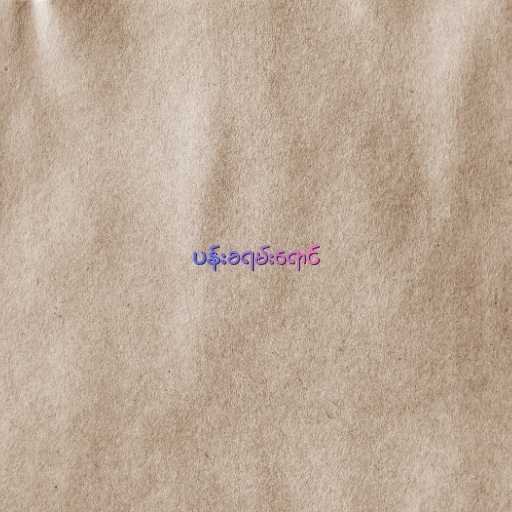
ပန်းခရမ်းရောင်